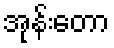
အုန်းတော